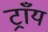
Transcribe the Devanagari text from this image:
ट्राँय